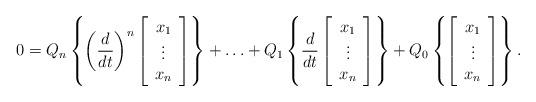
LaTeX: \begin{align*}0=Q_n\left\{\left(\frac{d}{dt}\right)^n\left[\begin{array}{c} x_1\\ \vdots\\ x_n\end{array}\right]\right\}+\ldots+Q_1\left\{\frac{d}{dt}\left[\begin{array}{c} x_1\\ \vdots\\ x_n\end{array}\right]\right\}+Q_0\left\{\left[\begin{array}{c} x_1\\ \vdots\\ x_n\end{array}\right]\right\}.\end{align*}